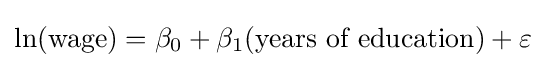
\ln({\text{wage}})=\beta _{0}+\beta _{1}({\text{years of education}})+\varepsilon